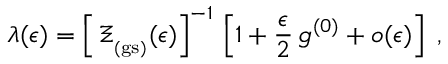
\lambda ( \epsilon ) = \left[ \, \Xi _ { _ \mathrm { ( g s ) } } ( \epsilon ) \right] ^ { - 1 } \, \left[ 1 + \frac { \epsilon } { 2 } \, g ^ { ( 0 ) } + o ( \epsilon ) \right] \; ,